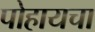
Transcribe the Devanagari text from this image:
पोहायचा